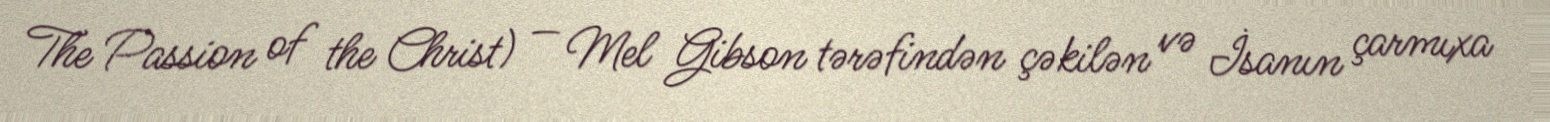
The Passion of the Christ) — Mel Gibson tərəfindən çəkilən və İsanın çarmıxa